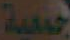
جمعية